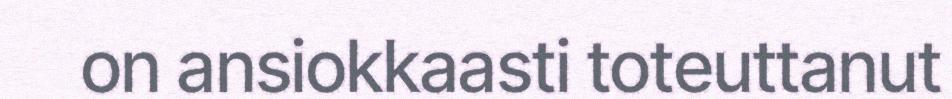
on ansiokkaasti toteuttanut